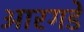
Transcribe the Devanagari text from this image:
आरगडे